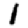
Digit: 1